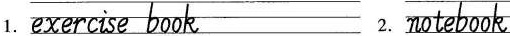
1.exercise book 2.notebook